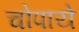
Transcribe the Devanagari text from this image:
चोपाये